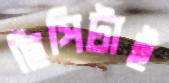
ছিপিটাই